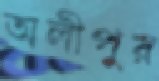
অলীপুর